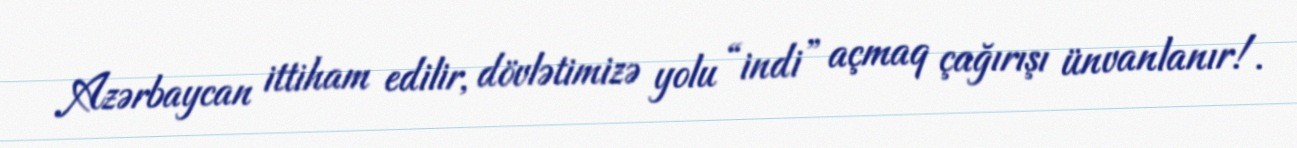
Azərbaycan ittiham edilir, dövlətimizə yolu “indi” açmaq çağırışı ünvanlanır!.